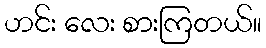
ဟင်း လေး စားကြတယ်။